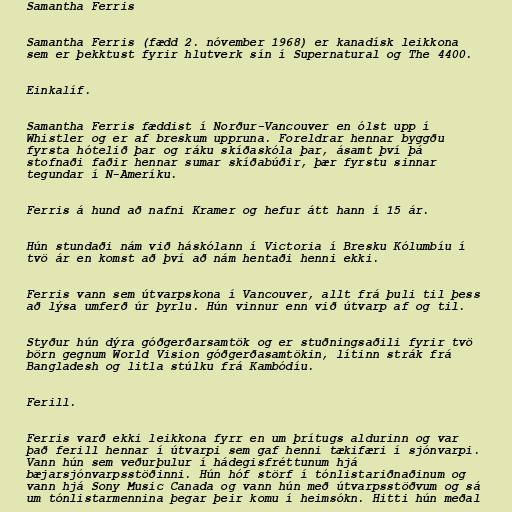
Samantha Ferris

Samantha Ferris (fædd 2. nóvember 1968) er kanadísk leikkona
sem er þekktust fyrir hlutverk sín í Supernatural og The 4400.

Einkalíf.

Samantha Ferris fæddist í Norður-Vancouver en ólst upp í
Whistler og er af breskum uppruna. Foreldrar hennar byggðu
fyrsta hótelið þar og ráku skíðaskóla þar, ásamt því þá
stofnaði faðir hennar sumar skíðabúðir, þær fyrstu sinnar
tegundar í N-Ameríku.

Ferris á hund að nafni Kramer og hefur átt hann í 15 ár.

Hún stundaði nám við háskólann í Victoria í Bresku Kólumbíu í
tvö ár en komst að því að nám hentaði henni ekki.

Ferris vann sem útvarpskona í Vancouver, allt frá þuli til þess
að lýsa umferð úr þyrlu. Hún vinnur enn við útvarp af og til.

Styður hún dýra góðgerðarsamtök og er stuðningsaðili fyrir tvö
börn gegnum World Vision góðgerðasamtökin, lítinn strák frá
Bangladesh og litla stúlku frá Kambódíu.

Ferill.

Ferris varð ekki leikkona fyrr en um þrítugs aldurinn og var
það ferill hennar í útvarpi sem gaf henni tækifæri í sjónvarpi.
Vann hún sem veðurþulur í hádegisfréttunum hjá
bæjarsjónvarpsstöðinni. Hún hóf störf í tónlistariðnaðinum og
vann hjá Sony Music Canada og vann hún með útvarpsstöðvum og sá
um tónlistarmennina þegar þeir komu í heimsókn. Hitti hún meðal